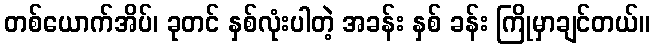
တစ်ယောက်အိပ်၊ ခုတင် နှစ်လုံးပါတဲ့ အခန်း နှစ် ခန်း ကြိုမှာချင်တယ်။